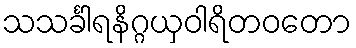
သသင်္ခါရနိဂ္ဂယှဝါရိတဝတော